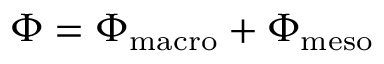
\Phi = \Phi _ { \mathrm { { m a c r o } } } + \Phi _ { \mathrm { { m e s o } } }